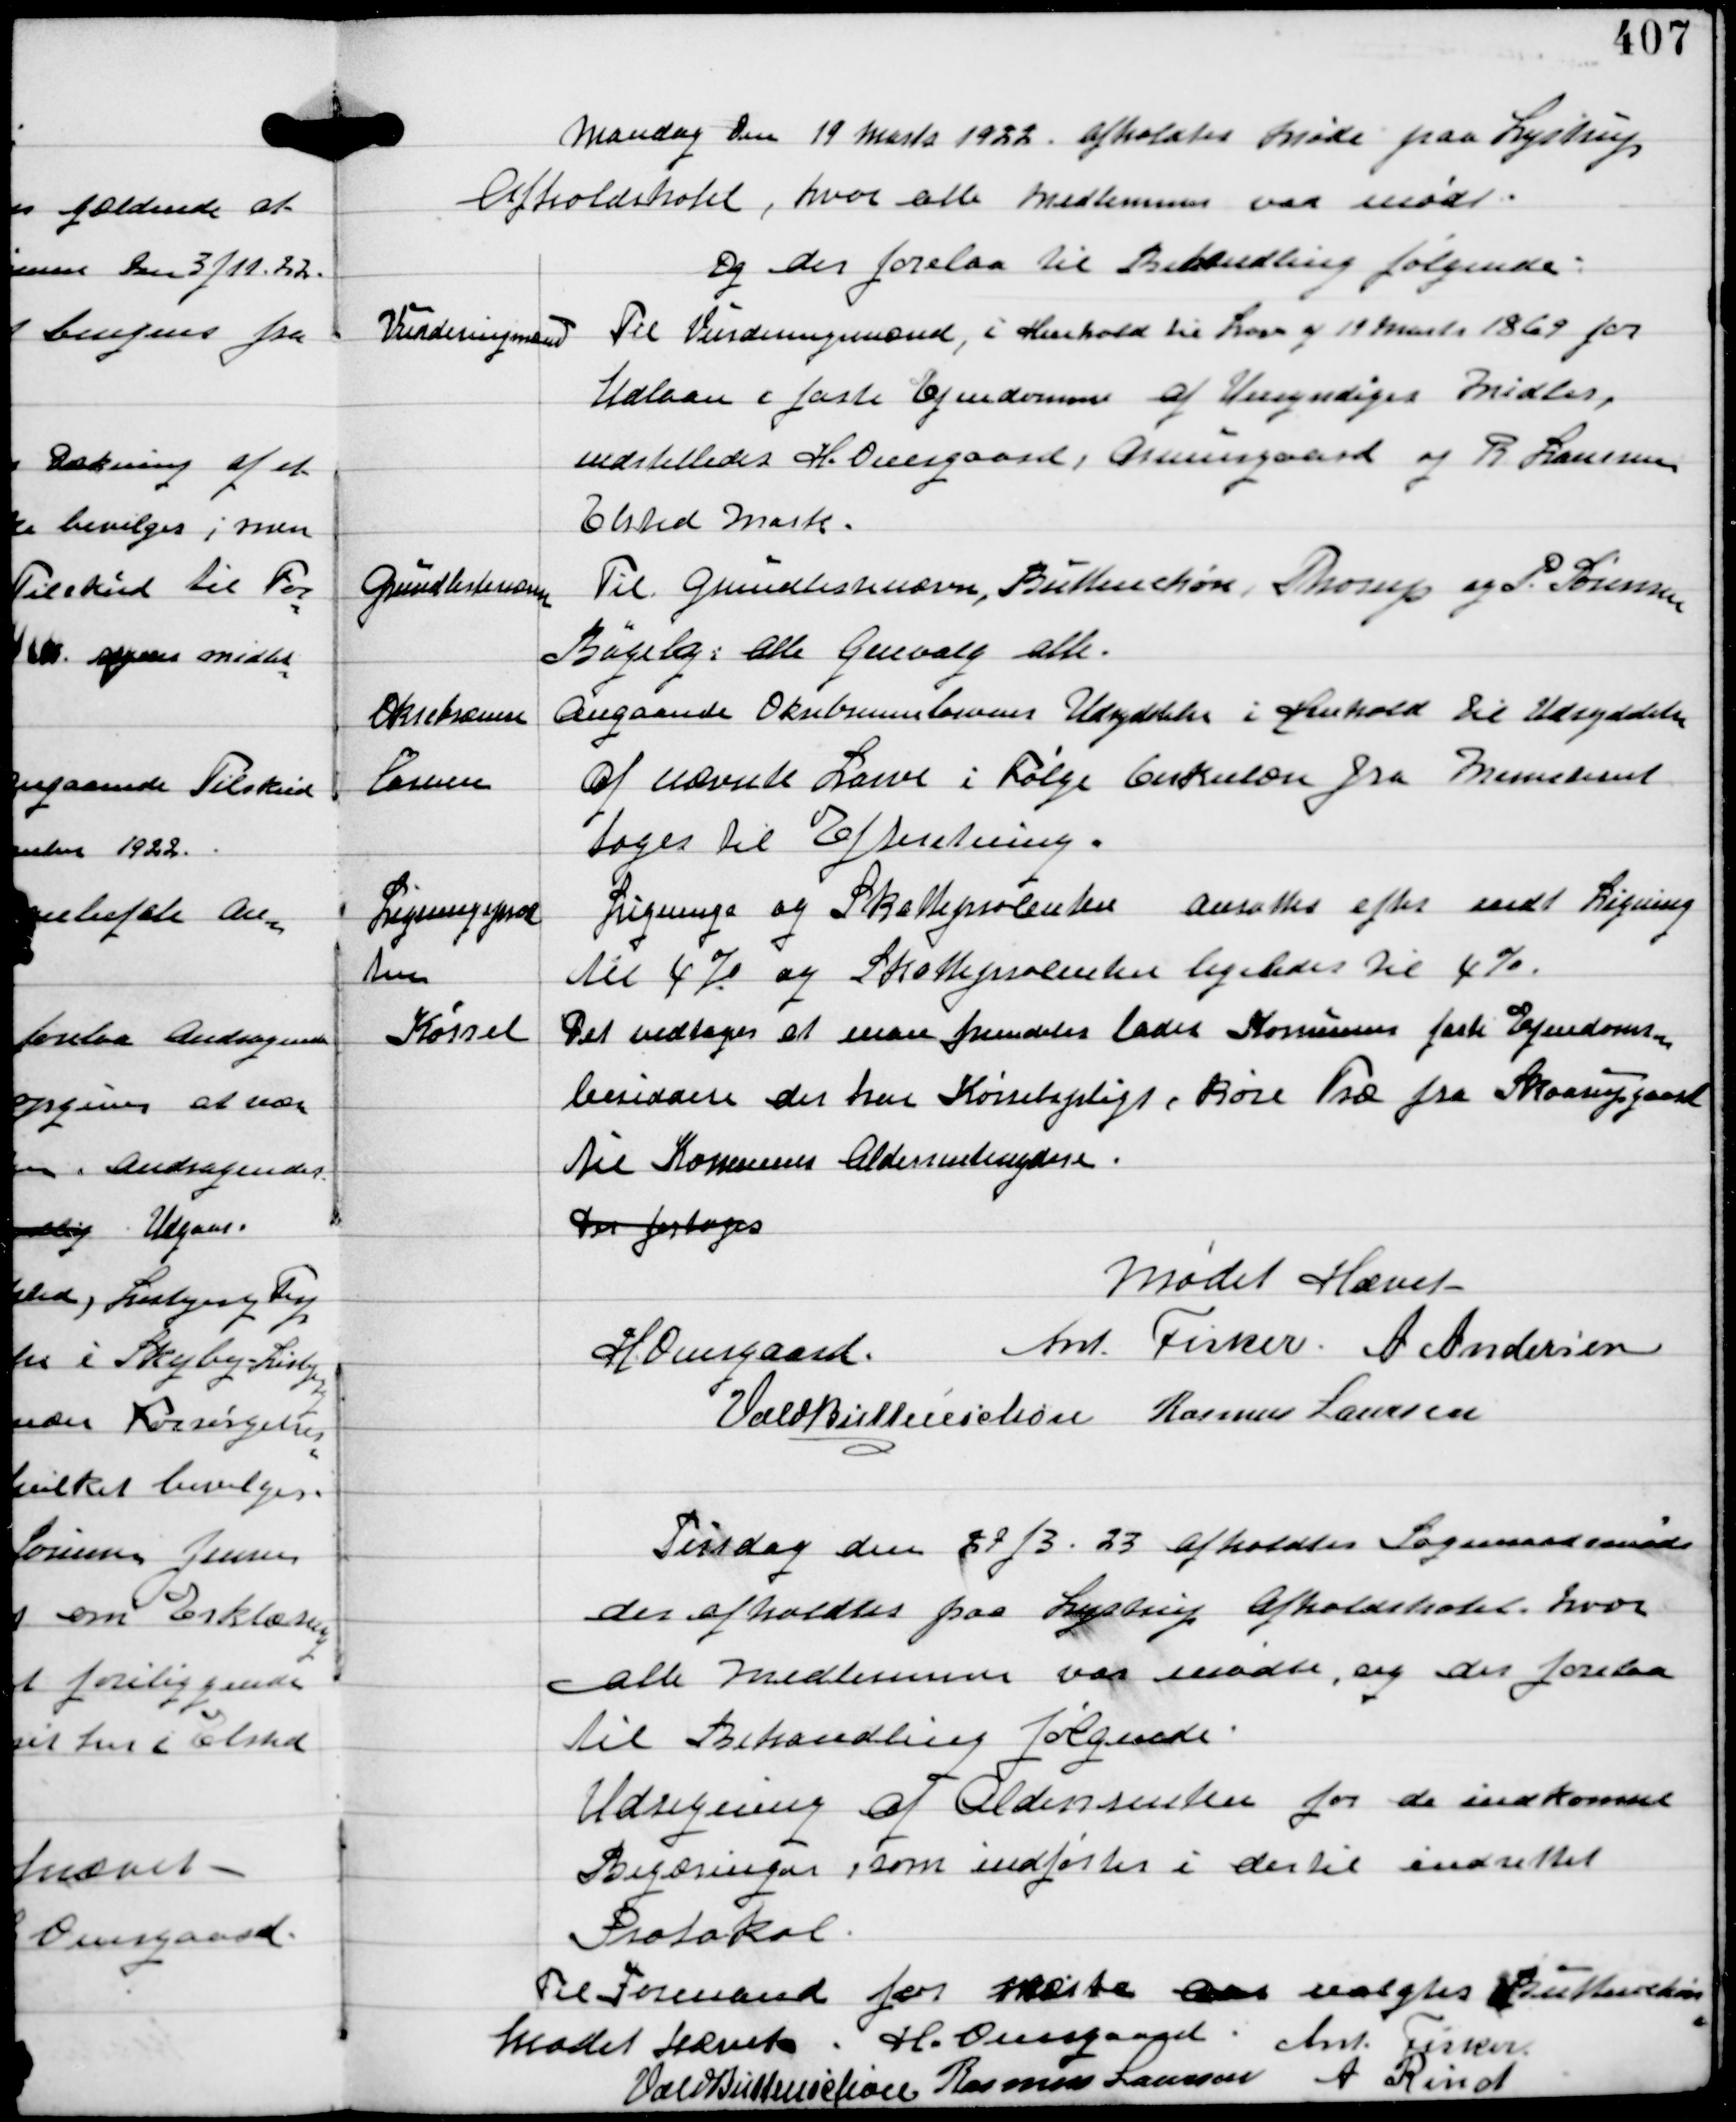
Transskription:
Mandag den 19 Marts 1922 afholdtes Møde paa Lystrup
Afholdshotel, hvor alle Medlemmer var mødt.
Og der forelaa til Behandling følgende:

Vurderingsmænd

Til Vurderingsmænd, i Henhold til Loven af 19 Marts 1869 for
Udlaan i faste Ejendomme af Umyndiges Midler,
indstilledes H. Overgaard, Asmusgaard og R Laursen,
Elsted Mark.

Grundlistenævn

Til Grundlistenævn, Buttenschøn, Thorup og P. Sørensen
Bøgely, alle Genvalg alle.

Oksebremse
Larven

Angaaende Oksebremselarvens Udryddelse i Henhold til Udryddelse
af nævnte Larve i Følge beskeden fra Ministeriet
tages til Efterretning.

Ligningsprocen-
ten

Lignings og Skatteprocenten ansættes efter endt Ligning
til 4% og Skatteprocenten ligeledes til 4%

Kørsel

Det vedtages at man fremdeles lader Komunens faste Ejendoms-
besiddelse der har Kørselspligt, køre Træ fra Skaarupgaard
til Komunens Aldersrenteydere.
Der foretoges

Mødet hævet
H Overgaard Ant Fisker A Andersen
Vald Buttenschøn Rasmus Laursen

Tirsdag den 27/3 23 afholdtes Sogneraadsmøde
der afholdtes paa Lystrup Afholdshotel, hvor
alle Medlemmer var mødte, og der forelaa
til Behandling følgende.

Udregning af Aldersrenten for de indkomne
Begæringer, som indførtes i dertil indrettet
Protokol.

Til Formand for næste aar valgtes Buttenschøn

Mødet hævet. H. Overgaard Ant Fisker
Vald Buttenschøn Rasmus Laursen A Rind